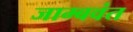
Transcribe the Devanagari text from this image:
जाम्बवंत